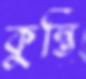
কুস্তি